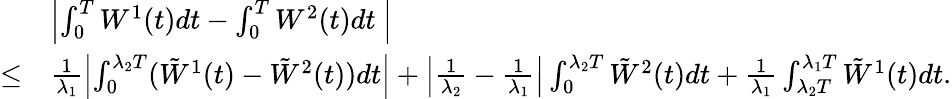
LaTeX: \begin{array}{rl}&{\left|\int_{0}^{T}W^{1}(t)dt-\int_{0}^{T}W^{2}(t)dt~\right|}\\ {\leq}&{\frac{1}{\lambda_{1}}\left|\int_{0}^{\lambda_{2}T}(\tilde{W}^{1}(t)-\tilde{W}^{2}(t))dt\right|+\left|\frac{1}{\lambda_{2}}-\frac{1}{\lambda_{1}}\right|\int_{0}^{\lambda_{2}T}\tilde{W}^{2}(t)dt+\frac{1}{\lambda_{1}}\int_{\lambda_{2}T}^{\lambda_{1}T}\tilde{W}^{1}(t)dt.}\end{array}